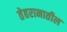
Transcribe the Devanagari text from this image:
तेहरानातील